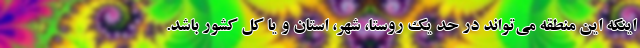
اینکه این منطقه می‌تواند در حد یک روستا، شهر، استان و یا کل کشور باشد.